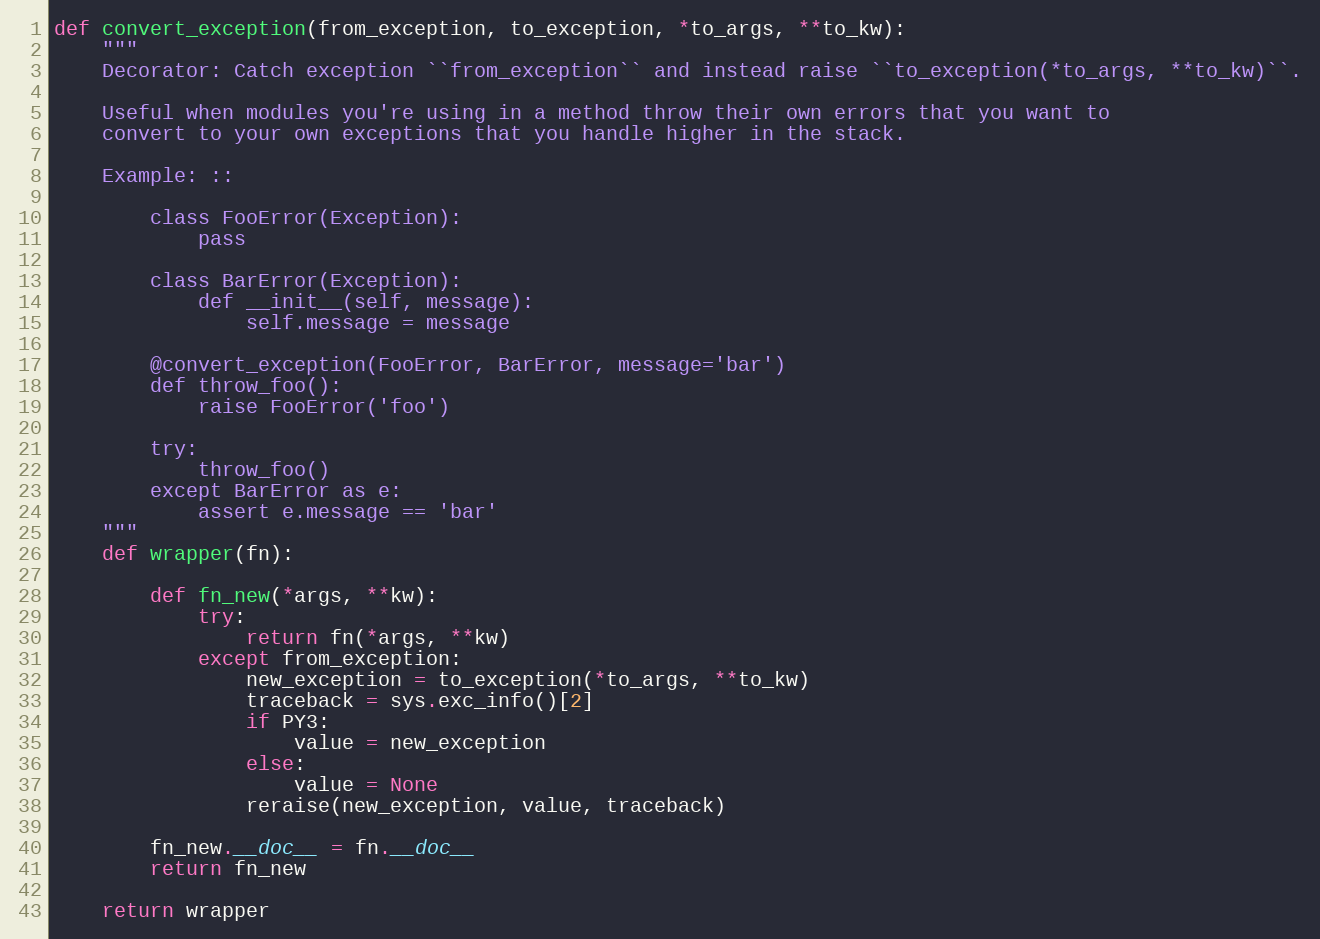
Language: Python
def convert_exception(from_exception, to_exception, *to_args, **to_kw):
    """
    Decorator: Catch exception ``from_exception`` and instead raise ``to_exception(*to_args, **to_kw)``.

    Useful when modules you're using in a method throw their own errors that you want to
    convert to your own exceptions that you handle higher in the stack.

    Example: ::

        class FooError(Exception):
            pass

        class BarError(Exception):
            def __init__(self, message):
                self.message = message

        @convert_exception(FooError, BarError, message='bar')
        def throw_foo():
            raise FooError('foo')

        try:
            throw_foo()
        except BarError as e:
            assert e.message == 'bar'
    """
    def wrapper(fn):

        def fn_new(*args, **kw):
            try:
                return fn(*args, **kw)
            except from_exception:
                new_exception = to_exception(*to_args, **to_kw)
                traceback = sys.exc_info()[2]
                if PY3:
                    value = new_exception
                else:
                    value = None
                reraise(new_exception, value, traceback)

        fn_new.__doc__ = fn.__doc__
        return fn_new

    return wrapper